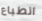
انطباع